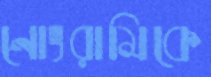
নোংরামিকে